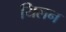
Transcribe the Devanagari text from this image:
यिलन